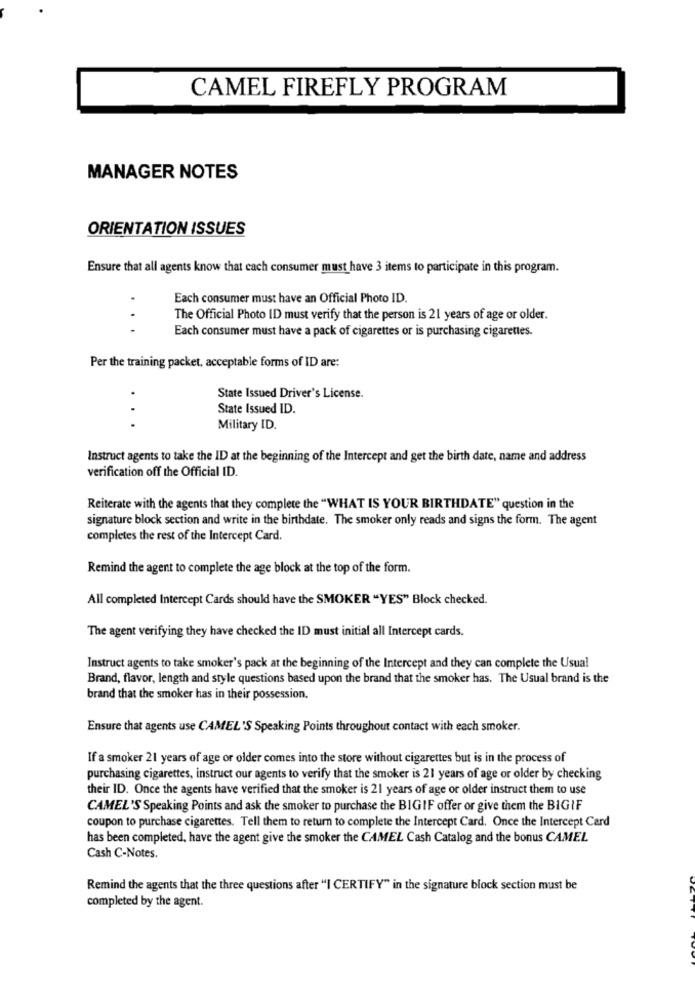
CAMEL FIREFLY PROGRAM
MANAGER NOTES
ORIENTATION ISSUES
Ensure that all agents know that each consumer must have 3 items to participate in this program.
Each consumer must have an Official Photo ID.
The Official Photo ID must verify that the person is 21 years of age or older.
...
Each consumer must have a pack of cigarettes or is purchasing cigarettes.
Per the training packet, acceptable forms of ID are:
State Issued Driver's License.
State Issued ID.
..
Military ID.
Instruct agents to take the ID at the beginning of the Intercept and get the birth date, name and address
verification off the Official ID.
Reiterate with the agents that they complete the "WHAT IS YOUR BIRTHDATE" question in the
signature block section and write in the birthdate. The smoker only reads and signs the form. The agent
completes the rest of the Intercept Card.
Remind the agent to complete the age block at the top of the form.
All completed Intercept Cards should have the SMOKER "YES" Block checked.
The agent verifying they have checked the ID must initial all Intercept cards.
Instruct agents to take smoker's pack at the beginning of the Intercept and they can complete the Usual
Brand, flavor, length and style questions based upon the brand that the smoker has. The Usual brand is the
brand that the smoker has in their possession.
Ensure that agents use CAMEL'S Speaking Points throughout contact with each smoker.
If a smoker 21 years of age or older comes into the store without cigarettes but is in the process of
purchasing cigarettes, instruct our agents to verify that the smoker is 21 years of age or older by checking
their ID. Once the agents have verified that the smoker is 21 years of age or older instruct them to use
CAMEL'S Speaking Points and ask the smoker to purchase the BIGIF offer or give them the BIGIF
coupon to purchase cigarettes. Tell them to return to complete the Intercept Card. Once the Intercept Card
has been completed, have the agent give the smoker the CAMEL Cash Catalog and the bonus CAMEL
Cash C-Notes.
Remind the agents that the three questions after "I CERTIFY" in the signature block section must be
completed by the agent.